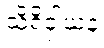
သိရိဝှါယနံ